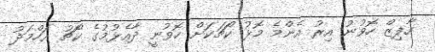
ހާފިޒް ހޮވުނު އިރު އެންމެ މޮޅު ކޯޗަކަށް ހޮވުނީ ދާއެޅުމުގެ ކޯޗު އަހްމަދު